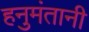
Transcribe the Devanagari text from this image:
हनुमंतानी